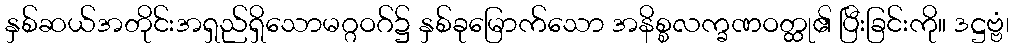
နှစ်ဆယ်အတိုင်းအရှည်ရှိသောမဂ္ဂဝဂ်၌ နှစ်ခုမြောက်သော အနိစ္စလက္ခဏဝတ္ထု၏ ပြီးခြင်းကို။ ဒဋ္ဌဗ္ဗံ၊